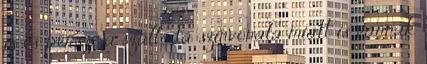
is és persze a szálloda színvonala miatt is vannak